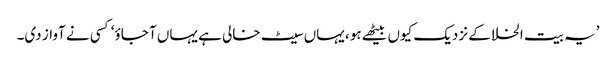
’یہ بیت الخلا کے نزدیک کیوں بیٹھے ہو، یہاں سیٹ خالی ہے یہاں آ جاؤ‘ کسی نے آواز دی۔